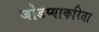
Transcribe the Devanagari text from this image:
जोडप्याकरिता